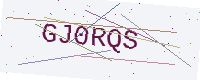
Text: GJ0RQS